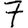
Digit: 7